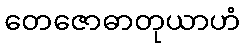
တေဇောဓာတုယာဟံ